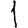
Digit: 1